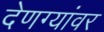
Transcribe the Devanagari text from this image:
देणग्यांवर